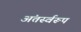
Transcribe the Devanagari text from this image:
अंतर्स्वरूप